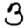
Digit: 3